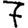
Digit: 7